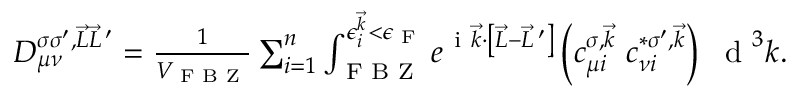
\begin{array} { r } { D _ { \mu \nu } ^ { \sigma \sigma ^ { \prime } , \vec { L } \vec { L } \, ^ { \prime } } = \frac { 1 } { V _ { \textrm { F B Z } } } \sum _ { i = 1 } ^ { n } \int _ { \textrm { F B Z } } ^ { \epsilon _ { i } ^ { \vec { k } } < \epsilon _ { \textrm { F } } } e ^ { \mathrm { ~ i ~ } \vec { k } \cdot \left[ \vec { L } - \vec { L } \, ^ { \prime } \right] } \left( c _ { \mu i } ^ { \sigma , \vec { k } } ~ c _ { \nu i } ^ { * \sigma ^ { \prime } , \vec { k } } \right) ~ \textrm { d } ^ { 3 } k . \quad } \end{array}